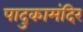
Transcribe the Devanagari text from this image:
पादुकामंदिर